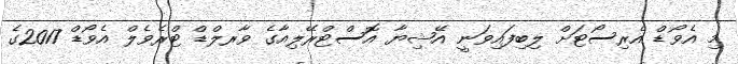
މި އެވޯޑް އެރިސޯޓަށް ލިބިފައިވަނީ އޭޝިޔާ އޮސްޓްރޭލިއާގެ ވާރލްޑް ޓްރެވެލް އެވޯޑް 2017ގެ